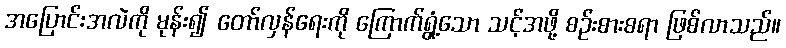
အပြောင်းအလဲကို မုန်း၍ တော်လှန်ရေးကို ကြောက်ရွံ့သော သင့်အဖို့ စဉ်းစားစရာ ဖြစ်လာသည်။